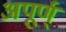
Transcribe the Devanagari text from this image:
अपूर्ण्